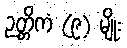
ဉတ္တိကံ (၉) မျိုး